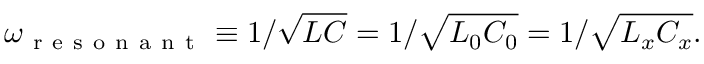
\omega _ { \mathrm { ~ r ~ e ~ s ~ o ~ n ~ a ~ n ~ t ~ } } \equiv 1 / \sqrt { L C } = 1 / \sqrt { L _ { 0 } C _ { 0 } } = 1 / \sqrt { L _ { x } C _ { x } } .